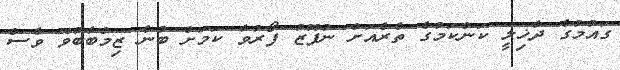
ގައުުމުގެ ދާޚިލީ ކަންކަމުގެ ތެރެއަށް ނުފޫޒު ފޯރުވާ ކަމަށް ބުނެ ޒިމްބާބުވޭ ވެސް